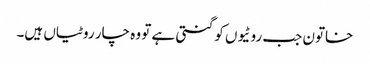
خاتون جب روٹیوں کو گنتی ہے تو وہ چار روٹیاں ہیں۔